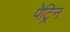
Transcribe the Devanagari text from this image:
पेट्रिन